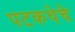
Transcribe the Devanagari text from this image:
पटकथेचे